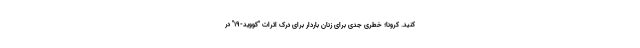
کنید. کرونا؛ خطری جدی برای زنان باردار برای درک اثرات "کووید-۱۹" در